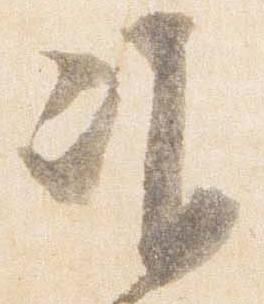
准